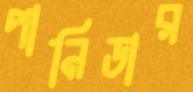
পানিডার